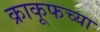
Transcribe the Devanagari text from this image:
क्राकूफच्या